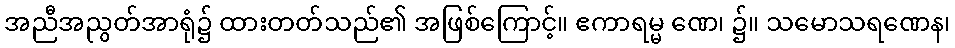
အညီအညွတ်အာရုံ၌ ထားတတ်သည်၏ အဖြစ်ကြောင့်။ ဧကာရမ္မ ဏေ၊ ၌။ သမောသရဏေန၊